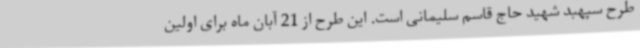
طرح سپهبد شهید حاج قاسم سلیمانی است. این طرح از 21 آبان ماه برای اولین